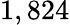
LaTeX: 1,824